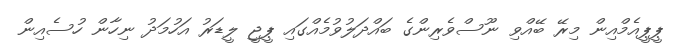
ޕީޕީއެމްއިން މިރޭ ބޭއްވި ނޫސްވެރިންގެ ބައްދަލުވުމެއްގައި ޕީޖީ ލީޑަރު އަހުމަދު ނިހާން ހުސެއިން